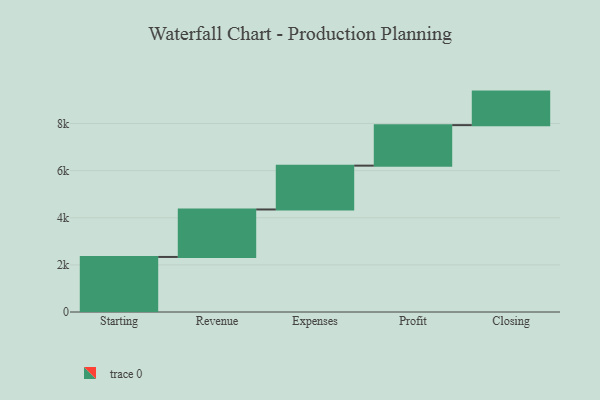
{"axis": {"x": "Step", "y": "Value"}, "legend": [""], "data": [{"x": "Starting", "y": 2336.0, "type": ""}, {"x": "Revenue", "y": 2015.0, "type": ""}, {"x": "Expenses", "y": 1860.0, "type": ""}, {"x": "Profit", "y": 1719.0, "type": ""}, {"x": "Closing", "y": 1423.0, "type": ""}]}